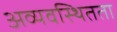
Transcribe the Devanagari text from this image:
अव्यवस्थितता